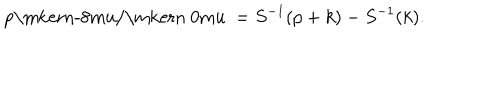
\mathrm { ~ p \ m k e r n - 8 m u / \ m k e r n ~ 0 m u ~ } = S ^ { - 1 } ( p + k ) - S ^ { - 1 } ( k ) .